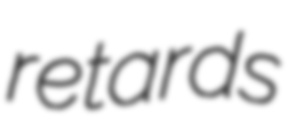
retards